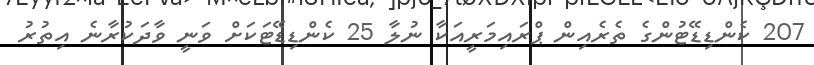
207 ކެންޑިޑޭޓުންގެ ތެރެއިން ޕްރައިމަރީއަކާ ނުލާ 25 ކެންޑިޑޭޓަކަށް ވަނީ ވާދަކުރާނެ އިތުރު